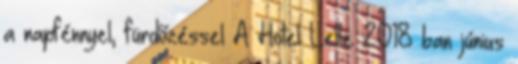
a napfénnyel, fürdőzéssel A Hotel Lelle 2018 ban június